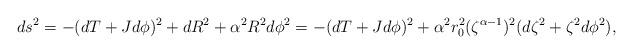
LaTeX: \begin{align*}ds^2 = -(dT+Jd\phi)^2 + dR^2 + \alpha^2 R^2 d\phi^2 = -(dT+Jd\phi)^2 + \alpha^2 r_0^2 (\zeta^{\alpha-1})^2 (d\zeta^2 + \zeta^2 d\phi^2),\end{align*}